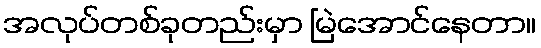
အလုပ်တစ်ခုတည်းမှာ မြဲအောင်နေတာ။